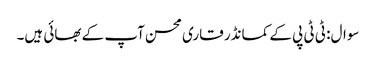
سوال: ٹی ٹی پی کے کمانڈر قاری محسن آپ کے بھائی ہیں۔